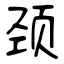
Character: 颈